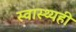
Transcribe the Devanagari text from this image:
स्वास्थ्यही